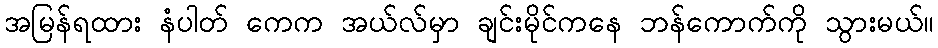
အမြန်ရထား နံပါတ် ကေက အယ်လ်မှာ ချင်းမိုင်ကနေ ဘန်ကောက်ကို သွားမယ်။